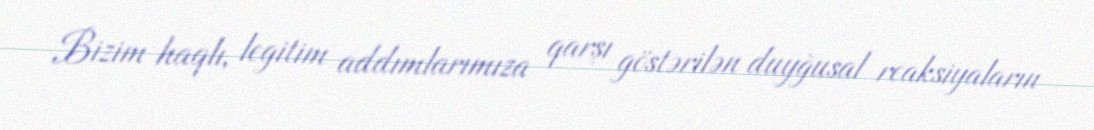
Bizim haqlı, legitim addımlarımıza qarşı göstərilən duyğusal reaksiyaların